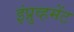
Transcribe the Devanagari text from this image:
इंप्रुव्हमेंट